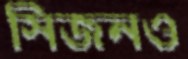
সিজনও